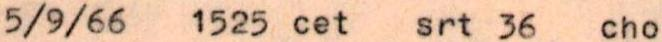
5/9/66 1525 cet srt 36 cho